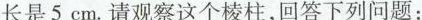
长是5cm.请观察这个棱柱，回答下列问题：